Vaccination report Assam 1874-1896 - 1874-1896
Year: 1874
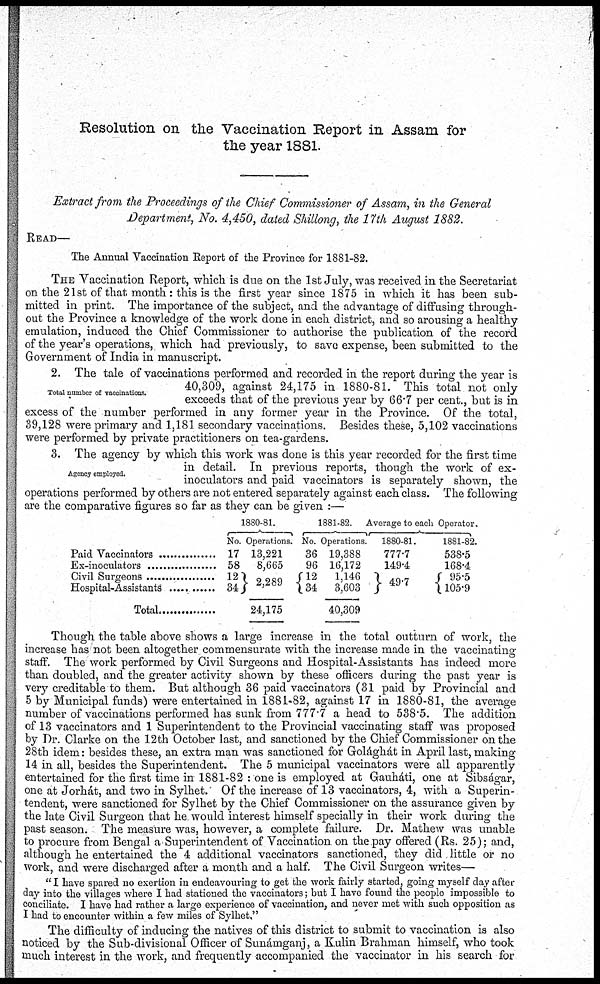
Resolution on the Vaccination Report in Assam for
the year 1881.
Extract from the Proceedings of the Chief Commissioner of Assam, in the General
Department, No. 4,450, dated Shillong, the 17th August 1882.
READ—
The Annual Vaccination Report of the Province for 1881-82.
THE Vaccination Report, which is due on the 1st July, was received in the Secretariat
on the 21st of that month: this is the first year since 1875 in which it has been sub-
mitted in print. The importance of the subject, and the advantage of diffusing through-
out the Province a knowledge of the work done in each district, and so arousing a healthy
emulation, induced the Chief Commissioner to authorise the publication of the record
of the year's operations, which had previously, to save expense, been submitted to the
Government of India in manuscript.
Total number of vaccinations.
2. The tale of vaccinations performed and recorded in the report during the year is
40,309, against 24,175 in 1880-81. This total not only
exceeds that of the previous year by 66.7 per cent., but is in
excess of the number performed in any former year in the Province. Of the total,
39,128 were primary and 1,181 secondary vaccinations. Besides these, 5,102 vaccinations
were performed by private practitioners on tea-gardens.
Agency employed.
3. The agency by which this work was done is this year recorded for the first time
in detail. In previous reports, though the work of ex¬
inoculators and paid vaccinators is separately shown, the
operations performed by others are not entered separately against each class. The following
are the comparative figures so far as they can be given :—
Paid Vaccinators ....................
Ex-inoculators ........................
Civil Surgeons ....................
Hospital Assistants ....................
1880-81.
No.
17
58
12
34
Total ............
Operations.
13,221
8,665
2,289
24,175
1881-82.
No.
36
96
12
134
Operations.
19,388
16,172
1,146
3,603
40,309
Average to each Operator.
1880-81.
777.7
149.4
49.7
1881-82.
538.5
168.4
95.5
105.9
Though the table above shows a large increase in the total outturn of work, the
increase has not been altogether commensurate with the increase made in the vaccinating
staff. The work performed by Civil Surgeons and Hospital-Assistants has indeed more
than doubled, and the greater activity shown by these officers during the past year is
very creditable to them. But although 36 paid vaccinators (31 paid by Provincial and
5 by Municipal funds) were entertained in 1881-82, against 17 in 1880-81, the average
number of vaccinations performed has sunk from 777.7 a head to 538.5. The addition
of 13 vaccinators and 1 Superintendent to the Provincial vaccinating staff was proposed
by Dr. Clarke on the 12th October last, and sanctioned by the Chief Commissioner on the
28th idem: besides these, an extra man was sanctioned for Golághát in April last, making
14 in all, besides the Superintendent. The 5 municipal vaccinators were all apparently
entertained for the first time in 1881-82 : one is employed at Gauháti, one at Sibságar,
one at Jorhát, and two in Sylhet. Of the increase of 13 vaccinators, 4, with a Superin-
tendent, were sanctioned for Sylhet by the Chief Commissioner on the assurance given by
the late Civil Surgeon that he would interest himself specially in their work during the
past season. The measure was, however, a complete failure. Dr. Mathew was unable
to procure from Bengal a Superintendent of Vaccination on the pay offered (Rs. 25); and,
although he entertained the 4 additional vaccinators sanctioned, they did little or no
work, and were discharged after a month and a half. The Civil Surgeon writes—
" I have spared no exertion in endeavouring to get the work fairly started, going myself day after
day into the villages where I had stationed the vaccinators; but I have found the people impossible to
conciliate. I have had rather a large experience of vaccination, and never met with such opposition as
I had to encounter within a few miles of Sylhet."
The difficulty of inducing the natives of this district to submit to vaccination is also
noticed by the Sub-divisional Officer of Sunámganj, a Kulin Brahman himself, who took
much interest in the work, and frequently accompanied the vaccinator in his search for